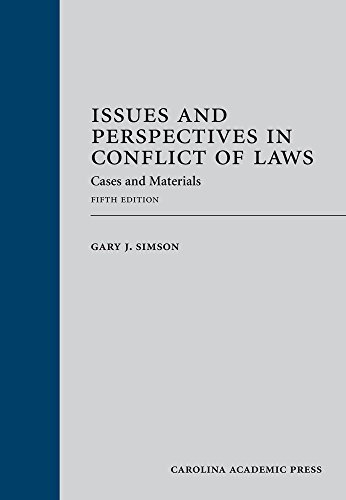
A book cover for Issues and Perspectives in Conflict of Laws: Cases and Materials, Fifth Edition; Gary J. Simson; Law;